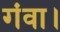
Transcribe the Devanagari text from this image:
गंवा।